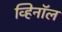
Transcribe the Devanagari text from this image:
व्हिनॉल